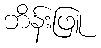
ဘိန်းဖြူ